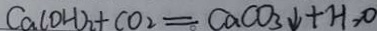
C a ( O H ) _ { 2 } + C O _ { 2 } = C a C O _ { 3 } \downarrow + H _ { 2 } O